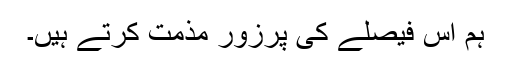
ہم اس فیصلے کی پرزور مذمت کرتے ہیں۔